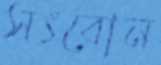
সৎবোন